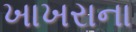
ખાખરાના